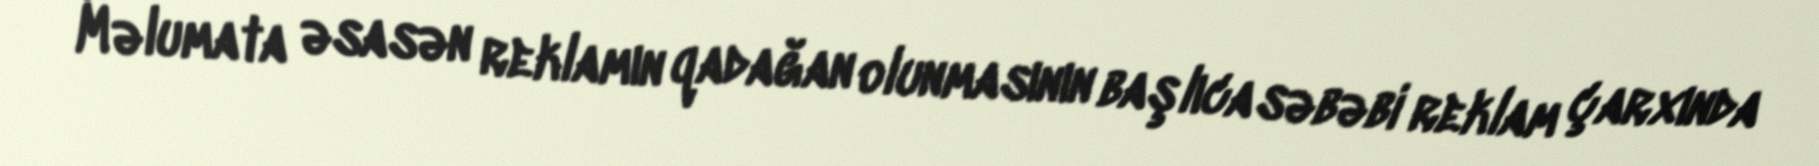
Məlumata əsasən reklamın qadağan olunmasının başlıca səbəbi reklam çarxında